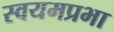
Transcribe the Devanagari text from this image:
स्वयमप्रभा